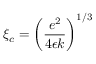
\xi _ { c } = \left( \frac { e ^ { 2 } } { 4 \epsilon k } \right) ^ { 1 / 3 }